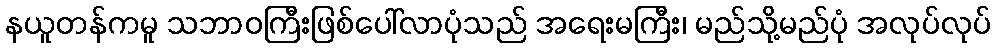
နယူတန်ကမူ သဘာဝကြီးဖြစ်ပေါ်လာပုံသည် အရေးမကြီး၊ မည်သို့မည်ပုံ အလုပ်လုပ်